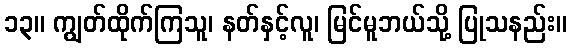
၁၃။ ကျွတ်ထိုက်ကြသူ၊ နတ်နှင့်လူ၊ မြင်မူဘယ်သို့ ပြုသနည်း။